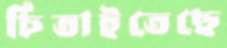
চিতাইতেছে